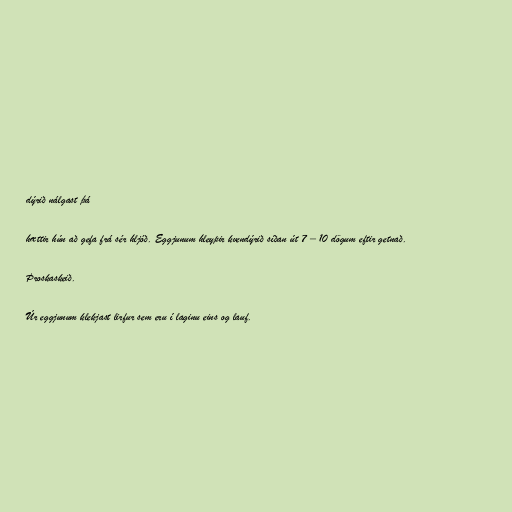
dýrið nálgast þá

hættir hún að gefa frá sér hljóð. Eggjunum hleypir kvendýrið síðan út 7 – 10 dögum eftir getnað.

Þroskaskeið.

Úr eggjunum klekjast lirfur sem eru í laginu eins og lauf.